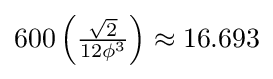
600\left({\tfrac {\sqrt {2}}{12\phi ^{3}}}\right)\approx 16.693